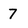
Character: 7